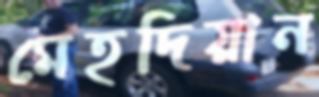
মেহদিয়ান